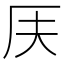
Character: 𠨶